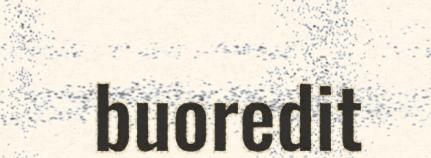
buoredit